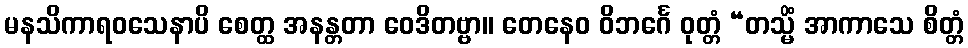
မနသိကာရဝသေနာပိ စေတ္ထ အနန္တတာ ဝေဒိတဗ္ဗာ။ တေနေဝ ဝိဘင်္ဂေ ဝုတ္တံ “တသ္မိံ အာကာသေ စိတ္တံ